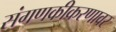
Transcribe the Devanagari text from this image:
संगणकीकरणावर